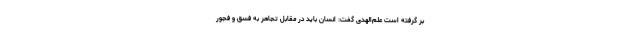
بر گرفته است علم‌الهدی گفت: انسان باید در مقابل تجاهر به فسق و فجور